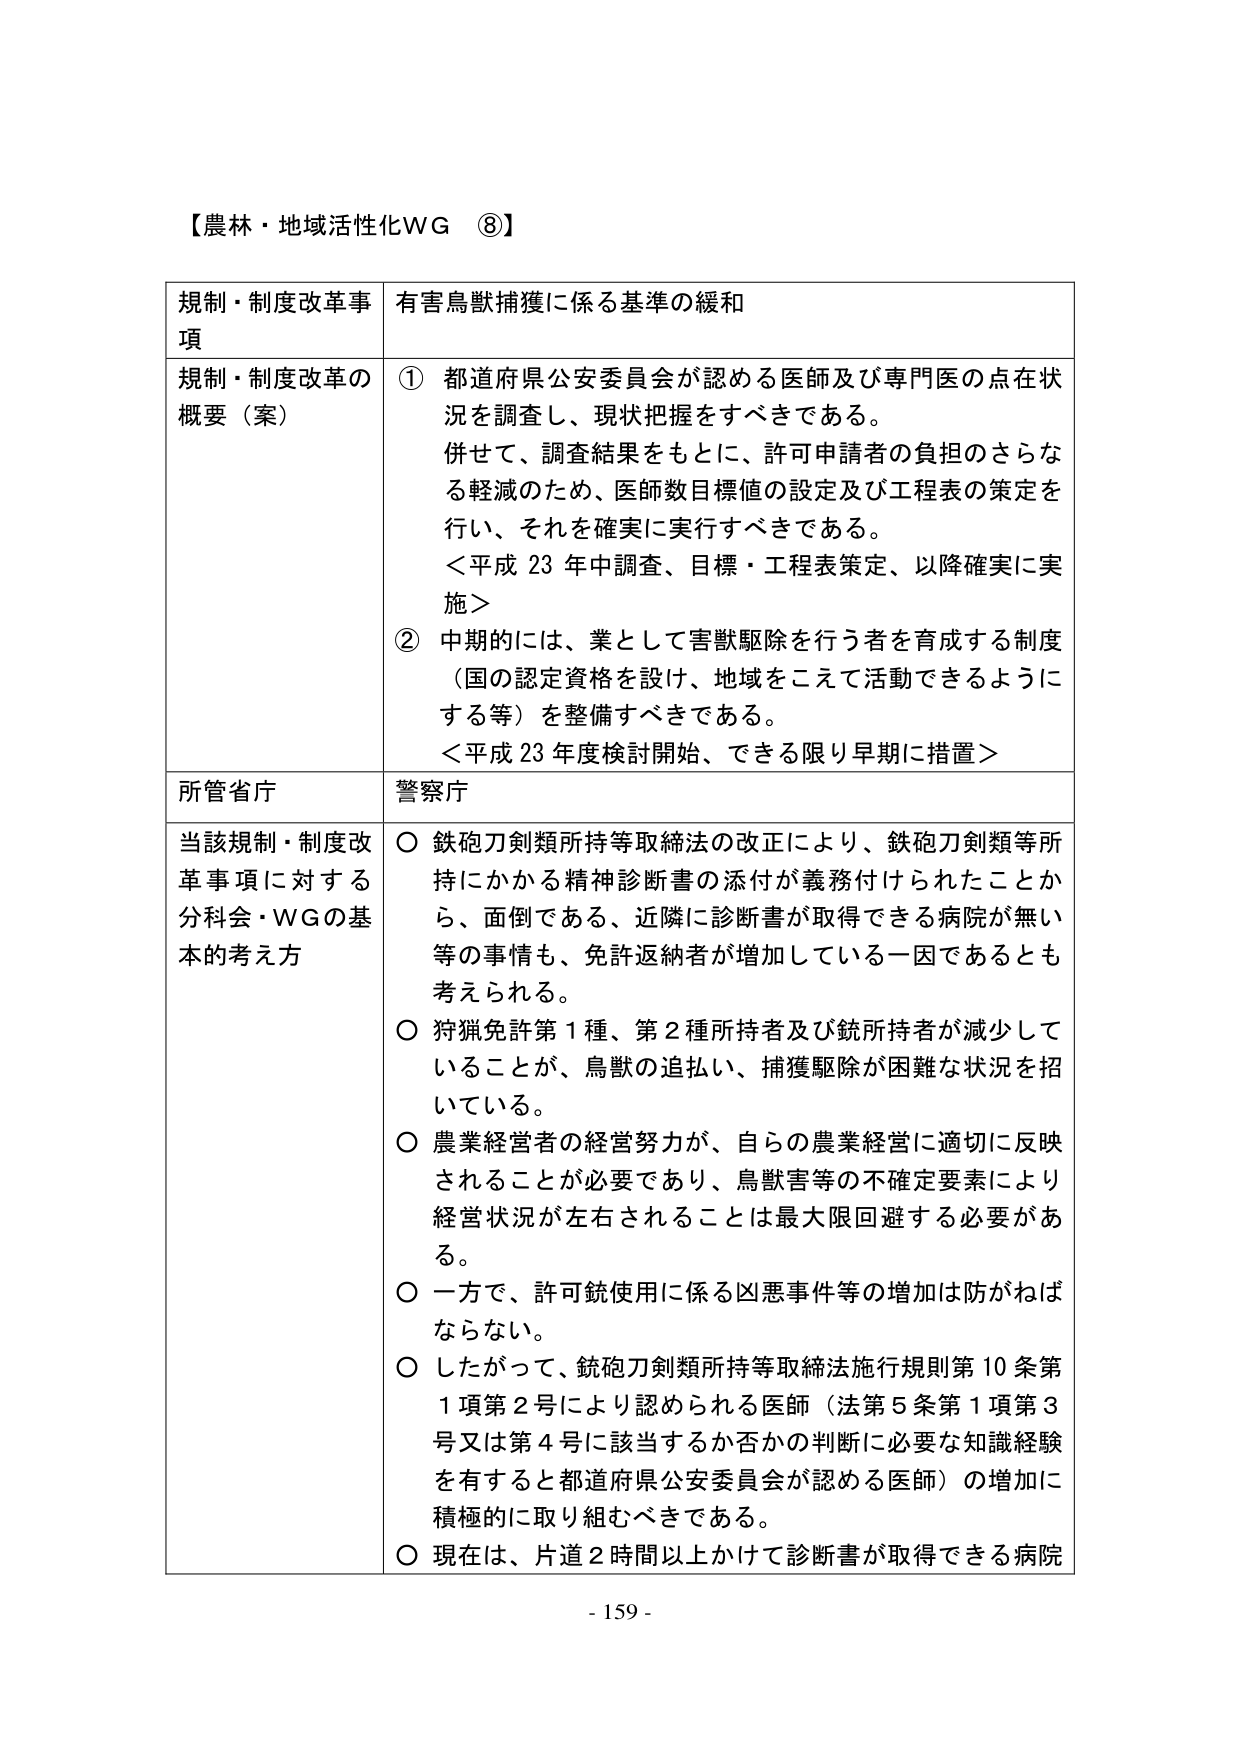
【農林・地域活性化WG ⑧】

規制・制度改革事項　有害鳥獣捕獲に係る基準の緩和

規制・制度改革の概要（案）
① 都道府県公安委員会が認める医師及び専門医の点在状況を調査し、現状把握をすべきである。
　併せて、調査結果をもとに、許可申請者の負担のさらなる軽減のため、医師数目標値の設定及び工程表の策定を行い、それを確実に実行すべきである。
　＜平成23年中調査、目標・工程表策定、以降確実に実施＞
② 中期的には、業として害獣駆除を行う者を育成する制度（国の認定資格を設け、地域をこえて活動できるようにする等）を整備すべきである。
　＜平成23年度検討開始、できる限り早期に措置＞

所管省庁　警察庁

当該規制・制度改革事項に対する分科会・WGの基本的考え方
○ 鉄砲刀剣類所持等取締法の改正により、鉄砲刀剣類等所持にかかる精神診断書の添付が義務付けられたことから、面倒である、近隣に診断書が取得できる病院が無い等の事情も、免許返納者が増加している一因であるとも考えられる。
○ 狩猟免許第1種、第2種所持者及び銃所持者が減少していることが、鳥獣の追払い、捕獲駆除が困難な状況を招いている。
○ 農業経営者の経営努力が、自らの農業経営に適切に反映されることが必要であり、鳥獣害等の不確定要素により経営状況が左右されることは最大限回避する必要がある。
○ 一方で、許可銃使用に係る凶悪事件等の増加は防がねばならない。
○ したがって、鉄砲刀剣類所持等取締法施行規則第10条第1項第2号により認められる医師（法第5条第1項第3号又は第4号に該当するか否かの判断に必要な知識経験を有すると都道府県公安委員会が認める医師）の増加に積極的に取り組むべきである。
○ 現在は、片道2時間以上かけて診断書が取得できる病院

- 159 -